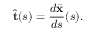
\hat { \mathbf { t } } ( s ) = \frac { d \bar { \mathbf { x } } } { d s } ( s ) .